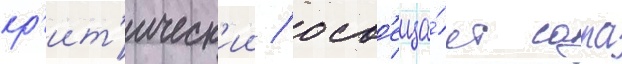
кр'ит'ическ'ии / осв'еща́ет сара